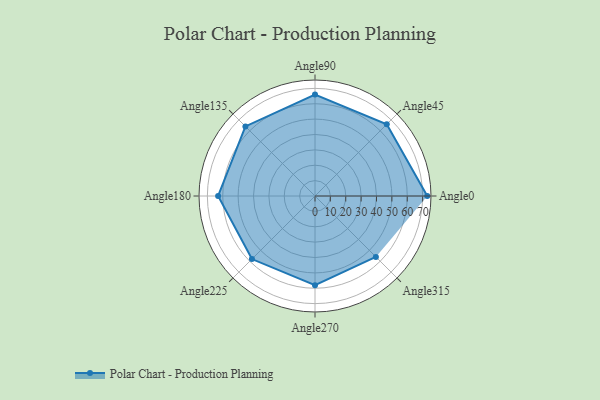
{"axis": {"x": "Angle", "y": "Radius"}, "legend": [""], "data": [{"x": "Angle0", "y": 73.0, "type": ""}, {"x": "Angle45", "y": 66.0, "type": ""}, {"x": "Angle90", "y": 66.0, "type": ""}, {"x": "Angle135", "y": 64.0, "type": ""}, {"x": "Angle180", "y": 63.0, "type": ""}, {"x": "Angle225", "y": 58.0, "type": ""}, {"x": "Angle270", "y": 58.0, "type": ""}, {"x": "Angle315", "y": 56.0, "type": ""}]}